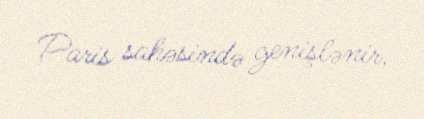
Paris sahəsində genişlənir.